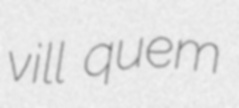
vill quem